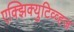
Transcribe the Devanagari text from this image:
एक्झिक्युटिव्व्ह्ज